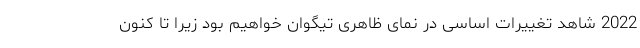
2022 شاهد تغییرات اساسی در نمای ظاهری تیگوان خواهیم بود زیرا تا کنون